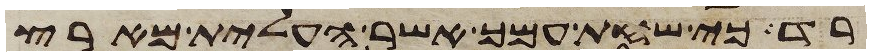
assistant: רד כי שחת עמך אשר העלית מארץ